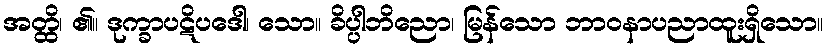
အတ္ထိ၊ ၏။ ဒုက္ခာပဋိပဒေါ၊ သော။ ခိပ္ပါဘိညော၊ မြန်သော ဘာဝနာပညာထူးရှိသော။